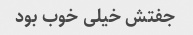
جفتش خیلی خوب بود